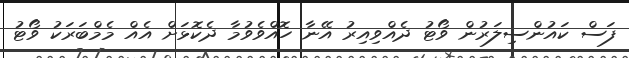
ފަސް ކައުންސިލަރުން ވޯޓު ދެއްވިއިރު އޭނާ ހޮއްވެވުމާ ދެކޮޅަށް އެއް މެމްބަރަކު ވޯޓު